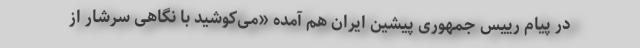
در پیام رییس جمهوری پیشین ایران هم آمده «می‌کوشید با نگاهی سرشار از